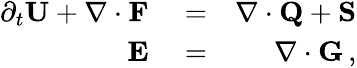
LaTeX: \begin{array}{rlr}{\partial_{{t}}{\mathbf U}+\nabla\cdot{\mathbf F}}&{{}=}&{\nabla\cdot{\mathbf Q}+{\mathbf S}}\\ {{\mathbf E}}&{{}=}&{\nabla\cdot{\mathbf G}\, ,}\end{array}